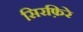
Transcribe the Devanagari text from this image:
सिरफ़िरे